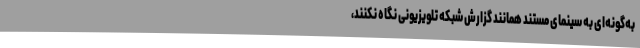
به‌گونه‌ای به سینمای مستند همانند گزارش شبکه تلویزیونی نگاه نکنند،